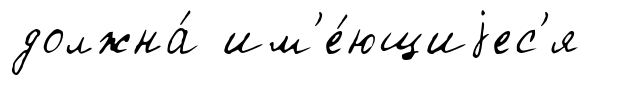
должна́ им'е́ющиjес'я